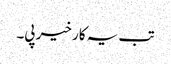
تب یہ کار خیر پی۔